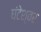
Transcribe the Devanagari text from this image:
घंटेश्वर